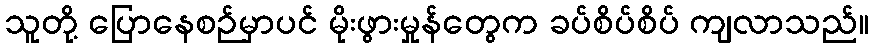
သူတို့ ပြောနေစဉ်မှာပင် မိုးဖွားမှုန်တွေက ခပ်စိပ်စိပ် ကျလာသည်။